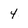
Character: 4